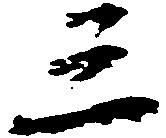
三